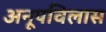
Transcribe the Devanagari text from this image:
अनूपविलास